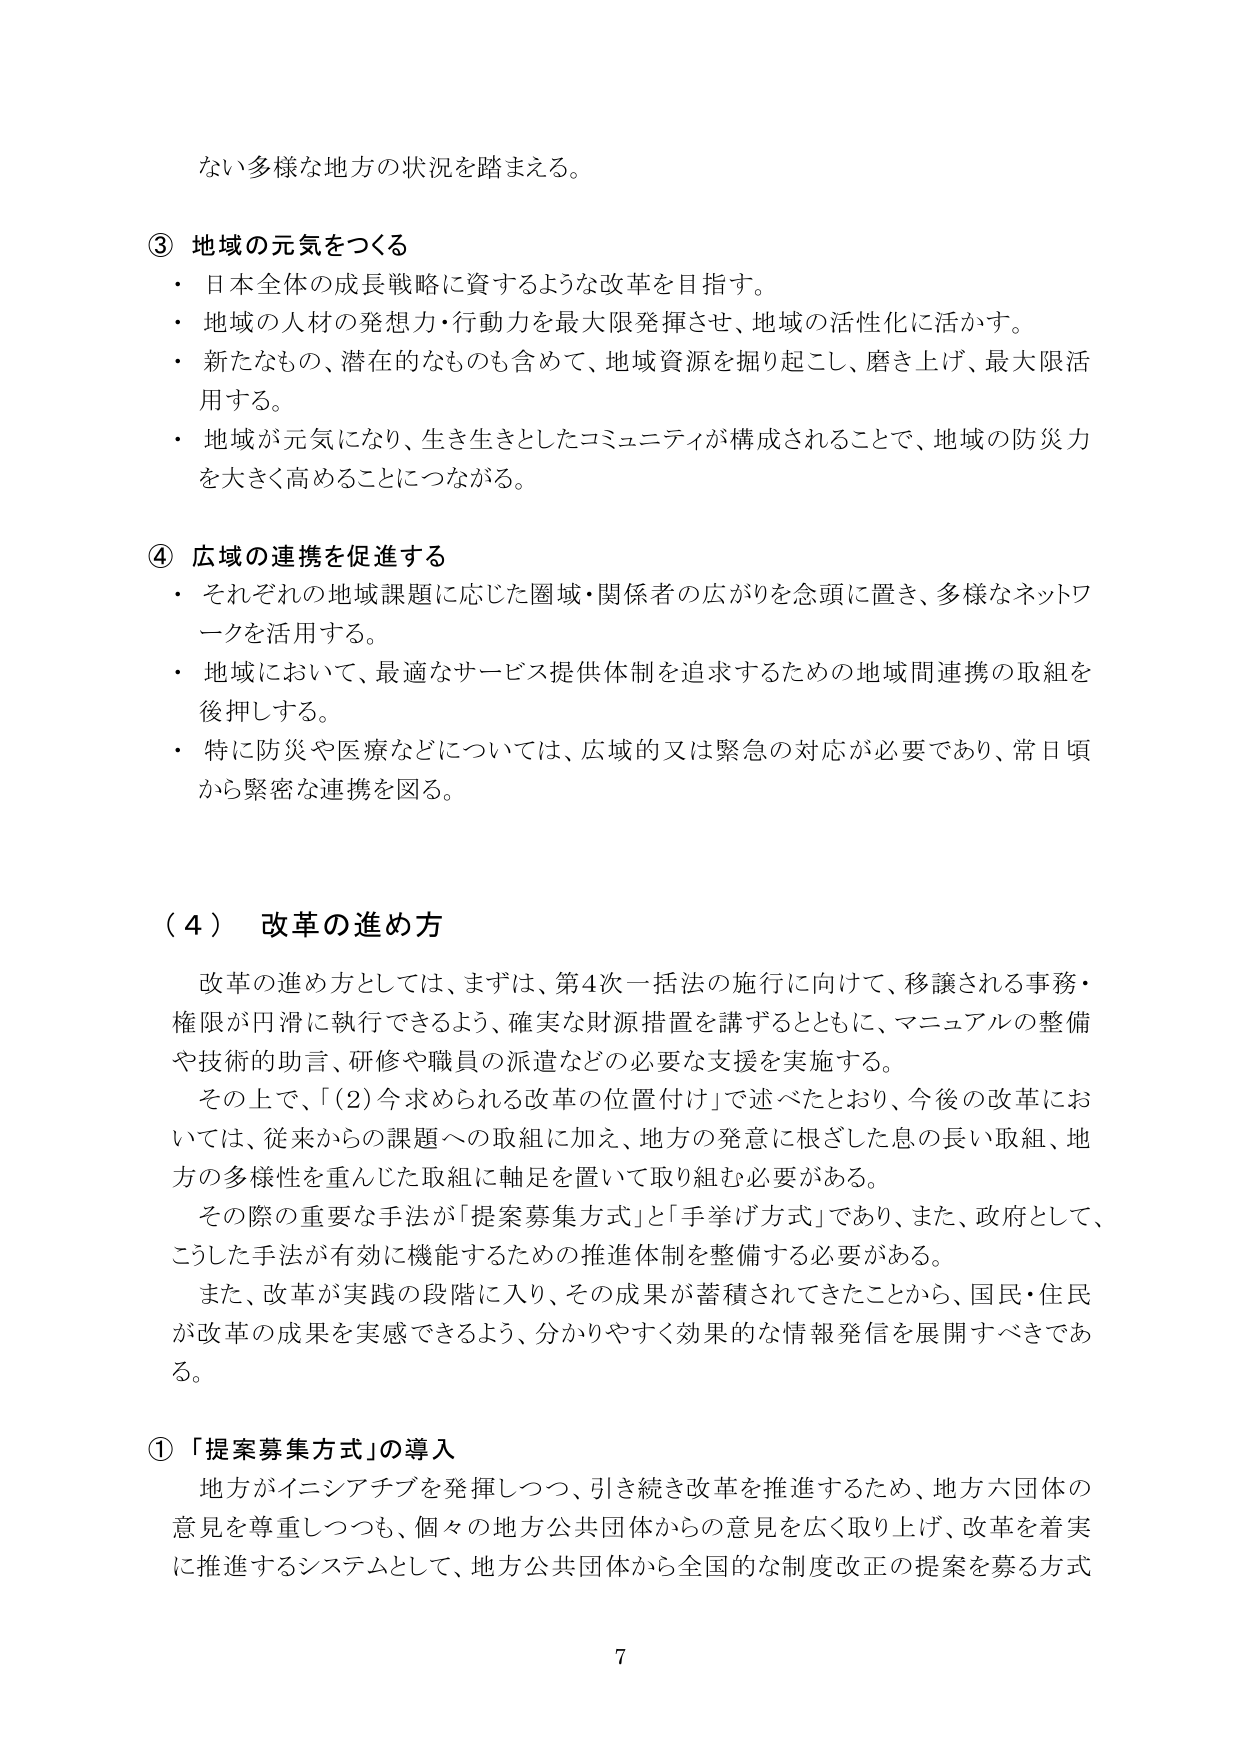
ない多様な地方の状況を踏まえる。

③ 地域の元気をつくる
・ 日本全体の成長戦略に資するような改革を目指す。
・ 地域の人材の発想力・行動力を最大限発揮させ、地域の活性化に活かす。
・ 新たなもの、潜在的なものも含めて、地域資源を掘り起こし、磨き上げ、最大限活用する。
・ 地域が元気になり、生き生きとしたコミュニティが構成されることで、地域の防災力を大きく高めることにつながる。

④ 広域の連携を促進する
・ それぞれの地域課題に応じた圏域・関係者の広がりを念頭に置き、多様なネットワークを活用する。
・ 地域において、最適なサービス提供体制を追求するための地域間連携の取組を後押しする。
・ 特に防災や医療などについては、広域的又は緊急の対応が必要であり、常日頃から緊密な連携を図る。

（４） 改革の進め方
　改革の進め方としては、まずは、第4次一括法の施行に向けて、移譲される事務・権限が円滑に執行できるよう、確実な財源措置を講ずるとともに、マニュアルの整備や技術的助言、研修や職員の派遣などの必要な支援を実施する。
　その上で、「（2）今求められる改革の位置付け」で述べたとおり、今後の改革においては、従来からの課題への取組に加え、地方の発意に根ざした息の長い取組、地方の多様性を重んじた取組に軸を置いて取り組む必要がある。
　その際の重要な手法が「提案募集方式」と「手挙げ方式」であり、また、政府として、こうした手法が有効に機能するための推進体制を整備する必要がある。
　また、改革が実践の段階に入り、その成果が蓄積されてきたことから、国民・住民が改革の成果を実感できるよう、分かりやすく効果的な情報発信を展開すべきである。

① 「提案募集方式」の導入
　地方がイニシアチブを発揮しつつ、引き続き改革を推進するため、地方六団体の意見を尊重しつつも、個々の地方公共団体からの意見を広く取り上げ、改革を着実に推進するシステムとして、地方公共団体から全国的な制度改正の提案を募る方式

7